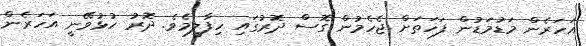
އަހަރެން މަޑުމަޑުން ފަހަތަށް ޖެހެމުން ގޮސް ދޮރުގައި ހިފާލީމެވެ. ދޮރު ހުޅުވޭނީ އަހަރެން